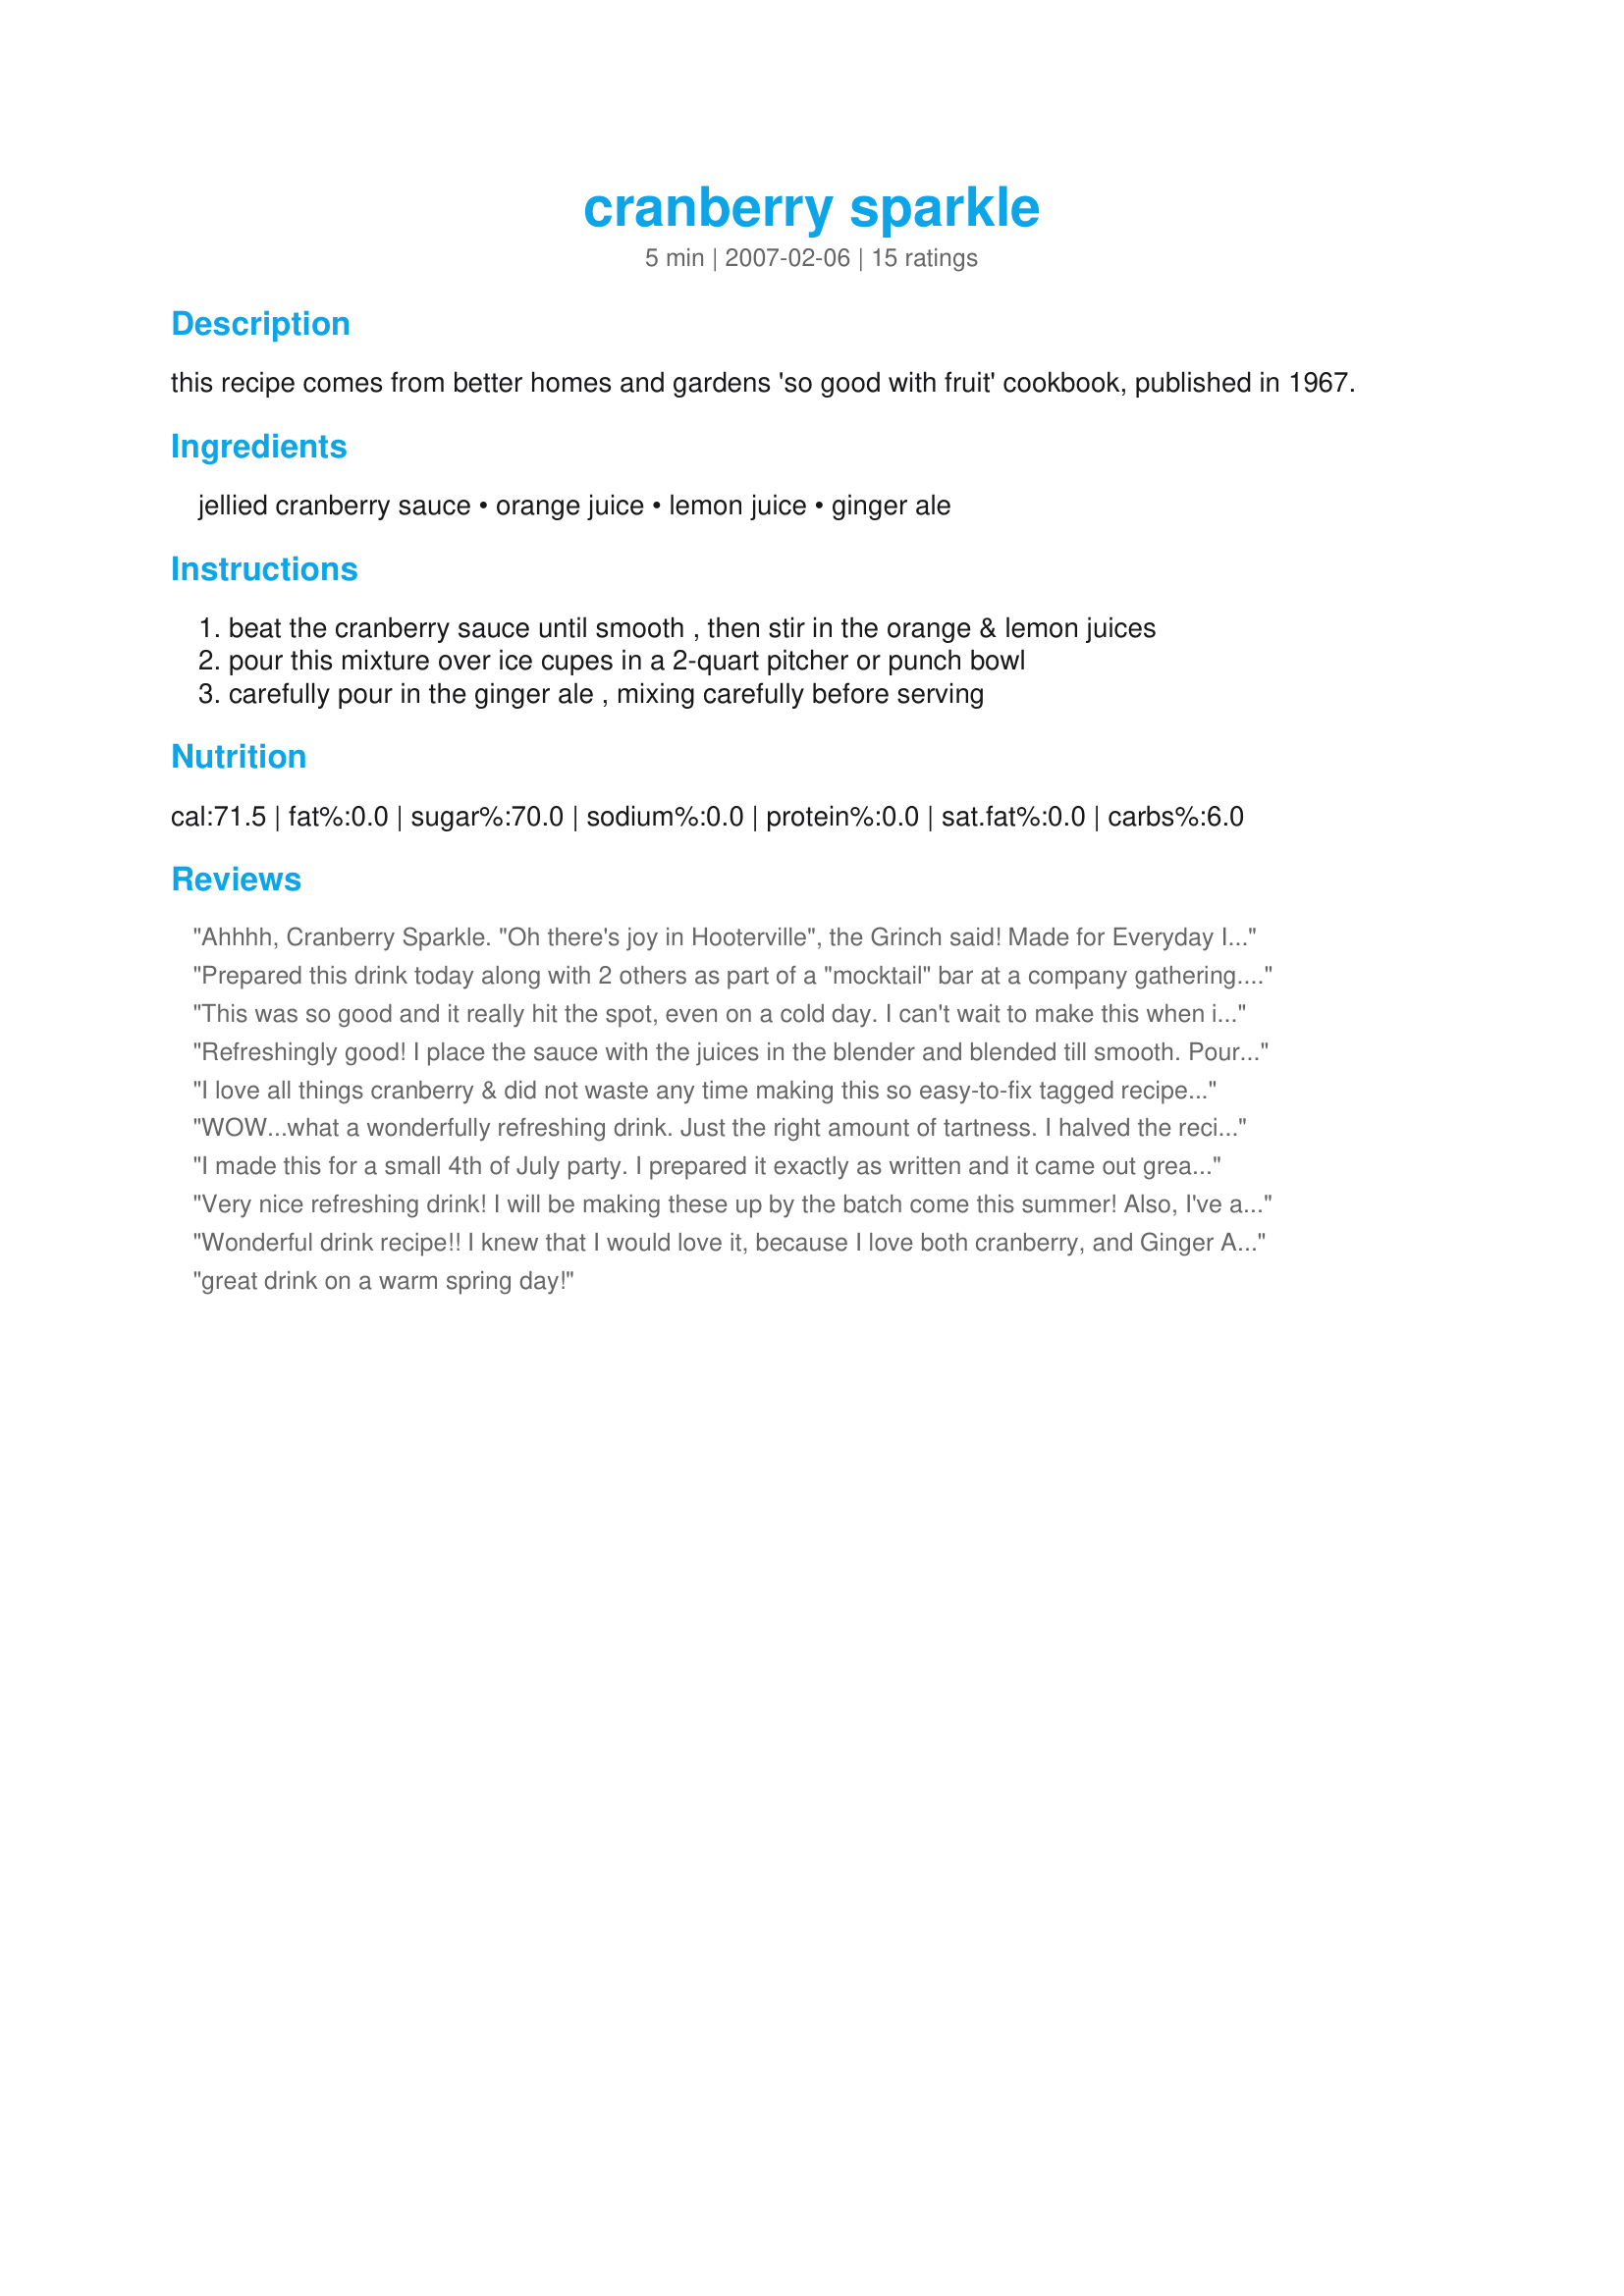
cranberry sparkle
Preparation time: 5 minutes

this recipe comes from better homes and gardens 'so good with fruit' cookbook, published in 1967.

Ingredients:
jellied cranberry sauce, orange juice, lemon juice, ginger ale

Steps:
beat the cranberry sauce until smooth , then stir in the orange & lemon juices, pour this mixture over ice cupes in a 2-quart pitcher or punch bowl, carefully pour in the ginger ale , mixing carefully before serving

Reviews:
Ahhhh, Cranberry Sparkle. "Oh there's joy in Hooterville", the Grinch said! Made for Everyday Is A Holiday.
Prepared this drink today along with 2 others as part of a "mocktail" bar at a company gathering. The employees really seemed to enjoy it!
This was so good and it really hit the spot, even on a cold day. I can't wait to make this when it gets warmer outside. It will be so refreshing.
Refreshingly good! I place the sauce with the juices in the blender and blended till smooth. Poured into a pitcher topping with ginger ale. Garnished with frozen cranberries. Thanks!
I love all things cranberry & did not waste any time making this so easy-to-fix tagged recipe. I put the cranberry sauce in a pitcher, used fresh juices & whizzed the mix w/my immersion blender. With just me drinking it & not wanting the Sprite Zero I used to go flat, I'm keeping the juice mix in the fridge & adding Sprite to ea glass as I get a yen for more of this yummy drink. I love this SM! Thx for posting the recipe for us.
WOW...what a wonderfully refreshing drink. Just the right amount of tartness. I halved the recipe and now I wish I would have made the whole amount. Following twissis' tip, I also kept the cranberry mixture separate and mixed the drink by the glass. It didn't help much though...I drank 3 glassfuls and finished the whole thing. LOL I can't wait until our first cookout of the summer to surprise everyone with this drink. Thanks for a great recipe, Mike!
I made this for a small 4th of July party. I prepared it exactly as written and it came out great. Everyone seemed to like it.....and there wasn't any left over! I'll be making it again! Thanks for sharing :)
Very nice refreshing drink! I will be making these up by the batch come this summer! Also, I've added it to my "entertaining on the lake" cookbook. Thanks for a *keeper* ~V
Wonderful drink recipe!! I knew that I would love it, because I love both cranberry, and Ginger Ale, but I was surprised when my DH tasted it, and wanted a glass. He said he did'nt think that he would like it much when I was making it, but when he tried it, he loved it too! This gets it 5 stars in my book. Thanks Sydney Mike, this will be a regular resident in my fridge!
great drink on a warm spring day!
Tasty punch. I served this for a birthday brunch and everyone seemed to enjoy it. REVISED - I have to say that this punch is delicious. Not sure what I was thinking the first time I reviewed this. I would be proud to take this anywhere!!!!
This is a good drink. I followed the ingredients per recipe. I used my blender. Made for Holiday Tag.
What an interesting recipe!! First I must say I used lemon flavored club soda rather than ginger ale (I'm trying to cut soda out of my diet). This is easily 5 stars for flavor but I am giving it 4 stars because it bugs me that the cranberry part sinks to the bottom. I really wish I could get it to stay mixed better. Any suggestions? Thanks Sydney!
Very nice and easy refreshing drink! I made half a recipe and used fresh squeezed juices. This is a good recipe to use up cans of cranberry sauce in your pantry.
This is simply heavenly, I used bottled lemon juice, if I used fresh I probably would have reduced the amount slightly, it's a refreshing drink and one I will make again soon! thanks for sharing Syd!...Kitten:)
